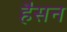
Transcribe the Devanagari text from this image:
हैसन